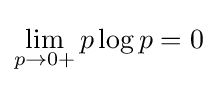
\lim _{p\rightarrow 0+}p\log p=0